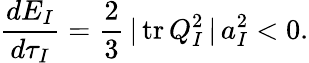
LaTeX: \frac{dE_{I}}{d\tau_{I}}=\frac{2}{3}\, \vert\, \mathrm{tr}\, Q_{I}^{2}\, \vert\, a_{I}^{2}<0.